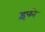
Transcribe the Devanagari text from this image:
इंफो